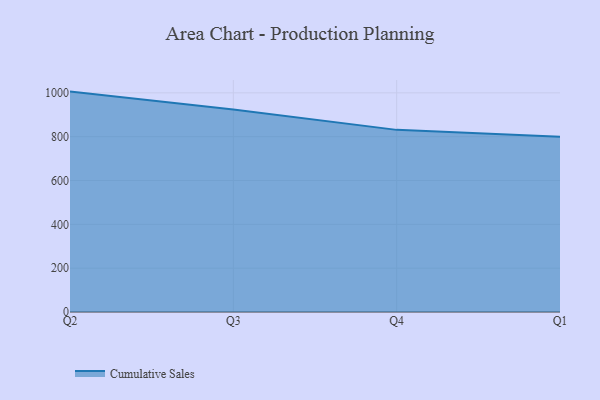
{"axis": {"x": "Quarter", "y": "Waste Production (Tons)"}, "legend": ["Cumulative Sales"], "data": [{"x": "Q2", "y": 1005.6, "type": "Cumulative Sales"}, {"x": "Q3", "y": 923.9, "type": "Cumulative Sales"}, {"x": "Q4", "y": 831.0, "type": "Cumulative Sales"}, {"x": "Q1", "y": 800, "type": "Cumulative Sales"}]}